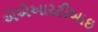
એએઆરટીઆઇ